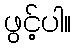
ဖွင့်ပါ။